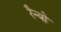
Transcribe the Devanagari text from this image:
रैन्बो